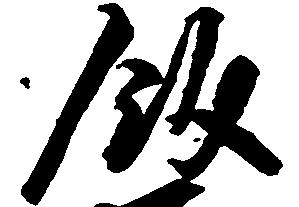
飯